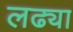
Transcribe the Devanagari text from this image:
लढ्या